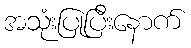
အသုံးပြုပြီးနောက်